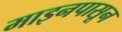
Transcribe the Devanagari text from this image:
माइनपासून